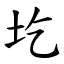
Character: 圪